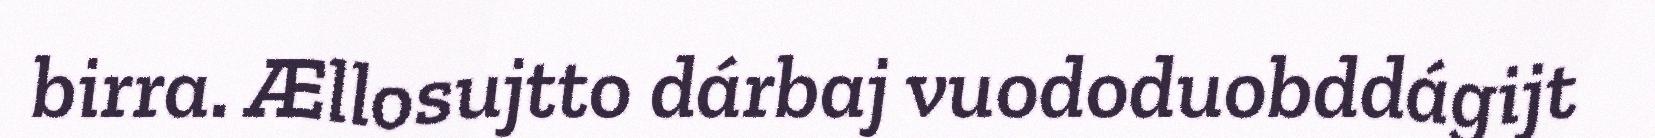
birra. Ællosujtto dárbaj vuododuobddágijt